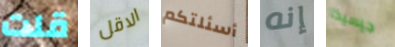
قلت الاقل أسئلتكم إنه جيسيكا